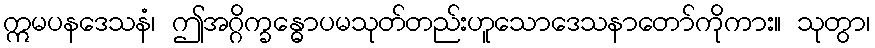
ဣမပနဒေသနံ၊ ဤအဂ္ဂိက္ခန္ဓောပမသုတ်တည်းဟူသောဒေသနာတော်ကိုကား။ သုတွာ၊